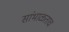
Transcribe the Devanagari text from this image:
सांभाळताच